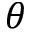
\theta